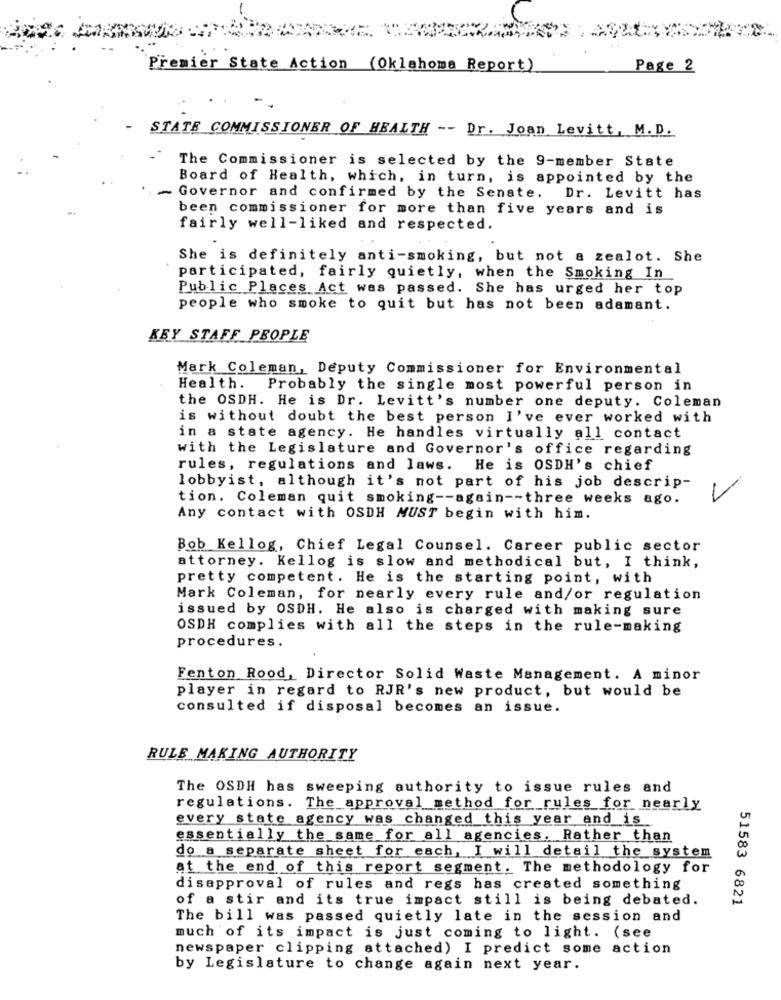
Premier State Action (Oklahoma Report)
Page 2
STATE COMMISSIONER OF HEALTH -- Dr. Joan Levitt, M. D.
The Commissioner is selected by the 9-member State
Board of Health, which, in turn, is appointed by the
- Governor and confirmed by the Senate. Dr. Levitt has
been commissioner for more than five years and is
fairly well-liked and respected.
She is definitely anti-smoking, but not a zealot. She
participated, fairly quietly, when the Smoking In
Public Places Act was passed. She has urged her top
people who smoke to quit but has not been adamant.
KEY STAFF PEOPLE
Mark Coleman, Deputy Commissioner for Environmental
Health.
Probably the single most powerful person in
the OSDH. He is Dr. Levitt's number one deputy. Coleman
is without doubt the best person I've ever worked with
in a state agency. He handles virtually all contact
with the Legislature and Governor's office regarding
rules, regulations and laws. He is OSDH's chief
lobbyist, although it's not part of his job descrip-
tion. Coleman quit smoking -- again -- three weeks ago.
Any contact with OSDH MUST begin with him.
Bob Kellog, Chief Legal Counsel. Career public sector
attorney. Kellog is slow and methodical but, I think,
pretty competent. He is the starting point, with
Mark Coleman, for nearly every rule and/or regulation
issued by OSDH. He also is charged with making sure
OSDH complies with all the steps in the rule-making
procedures.
Fenton Rood, Director Solid Waste Management. A minor
player in regard to RJR's new product, but would be
consulted if disposal becomes an issue.
RULE MAKING AUTHORITY
The OSDH has sweeping authority to issue rules and
regulations. The approval method for rules for nearly
every state agency was changed this year and is
essentially the same for all agencies. Rather than
do a separate sheet for each, I will detail the system
at the end of this report segment. The methodology for
disapproval of rules and regs has created something
of a stir and its true impact still is being debated.
51583 6821
The bill was passed quietly late in the session and
much of its impact is just coming to light. (see
newspaper clipping attached) I predict some action
by Legislature to change again next year.